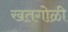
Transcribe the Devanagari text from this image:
खतगोळी